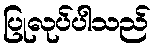
ပြုလုပ်ပါသည်